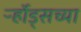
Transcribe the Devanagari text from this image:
र्ऱ्होड्सच्या